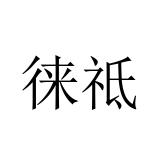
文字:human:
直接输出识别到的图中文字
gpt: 徕祗